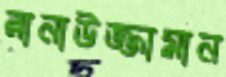
রানাউজ্জামান